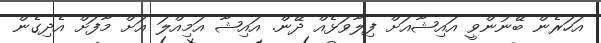
އަހަރެން ބޭނުންވީ އައިޝާއަށް ފިލާވަޅެއް ދޭން. އައިޝާ އަމިއްލަ އަށް މާފަށް އެދިގެން